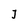
Character: j